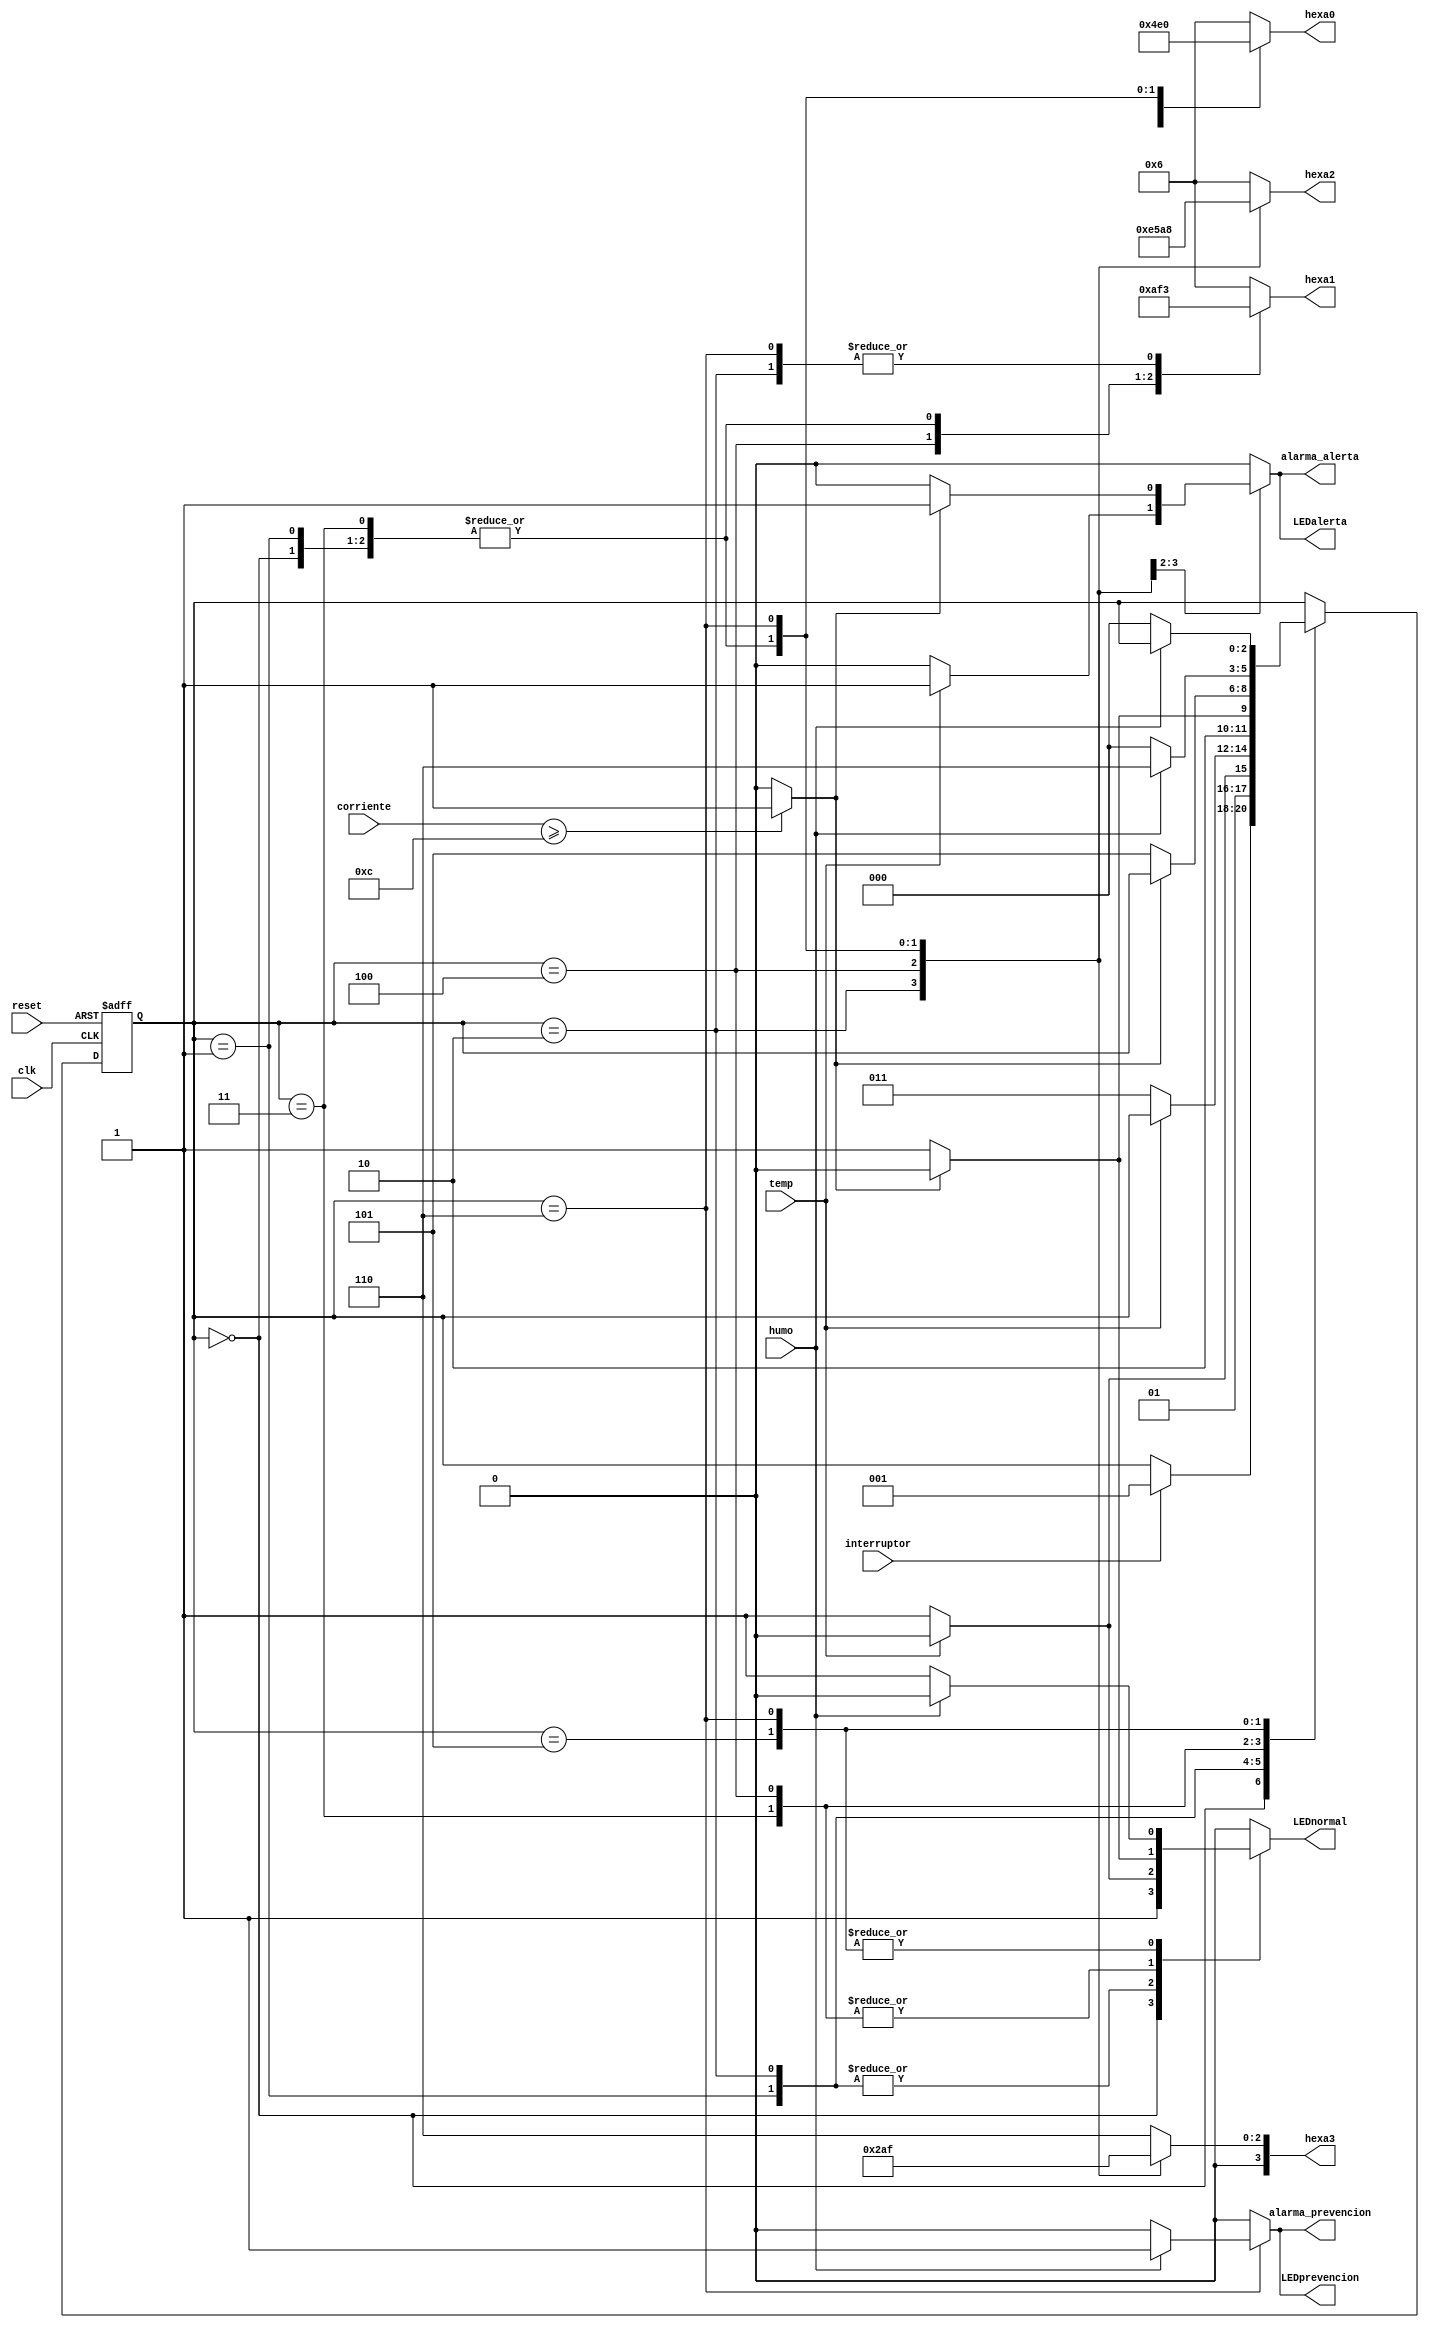
`timescale 1ns / 1ps
//////////////////////////////////////////////////////////////////////////////////
// Company: 
// Engineer: 
// 
// Design Name: 
// Module Name:    Maquina 
// Project Name: 
// Target Devices: 
// Tool versions: 
// Description: 
//
// Dependencies: 
//
// Revision: 
// Revision 0.01 - File Created
// Additional Comments: 
//
//////////////////////////////////////////////////////////////////////////////////
module maquinaestados
#(parameter N = 4)
(
	input wire clk, reset, //	Clock y reset
	input wire interruptor,temp,humo,// Banderas de entrada
	input wire [N-1:0] corriente,
	output reg LEDalerta,LEDprevencion,LEDnormal,alarma_alerta,alarma_prevencion,// Salidas, definidas como reg
	output reg [3:0] hexa3,hexa2,hexa1,hexa0 //numeros en hexa
);

//*********************************************************

localparam [2:0] // Codificacion de los estados o etiquetas 
	inicio = 3'b000,
	temp_normal = 3'b001,
	alerta_temp = 3'b010,
	corri_normal = 3'b011,
	alerta_corri = 3'b100,
	humo_normal = 3'b101,
	preven_humo = 3'b110;

reg [2:0] estado, estado_sig; // Reg, estado actual y siguiente 
reg corriente_25;



//*********************************************************

//Parte Secuencial

always@(posedge clk, posedge reset)
	if (reset)
		estado <= inicio;
	else
		estado <= estado_sig;


//*********************************************************

//Parte Combinacional
always@*
begin
   if (corriente >= 4'b1100)
      corriente_25 <= 1'b1;
   else
      corriente_25 <= 1'b0;
		
	estado_sig = estado;
	LEDalerta = 1'b0;
	LEDprevencion = 1'b0;
	LEDnormal = 1'b0;
	alarma_alerta = 1'b0;
	alarma_prevencion = 1'b0;
	hexa3 = 4'h5;
	hexa2 = 4'ha;
	hexa1 = 4'hf;
	hexa0 = 4'he;
	case(estado)

		inicio:
			begin
			LEDnormal = 1'b1;
			if(interruptor)
				estado_sig = temp_normal;
			else
				begin
				hexa3 = 4'h5;
				hexa2 = 4'ha;
				hexa1 = 4'hf;
				hexa0 = 4'he;
				end
			end
			
		temp_normal:
			if(temp)
				estado_sig = alerta_temp;
			else
				begin
					estado_sig = corri_normal; //REVISAR FORMATO
					LEDnormal = 1'b1;	
					hexa3 = 4'h5;
					hexa2 = 4'ha;
					hexa1 = 4'hf;
					hexa0 = 4'he;					//PARECE QUE CUANDO SE ACTIVA UNA 	
				end									//SEAL DE SALIDA SE PONE BEGIN Y END //es cuando se ponen mas de 2 instrucciones
				
		alerta_temp:
			begin
				LEDalerta = 1'b1;
				alarma_alerta = 1'b1;
				LEDnormal  = 1'b0;
				hexa3 = 4'h1;
				hexa2 = 4'he;
				hexa1 = 4'h3;
				hexa0 = 4'h4;
			if(!temp) //NO SE SI ESTE ES EL FORMATO CORRECTO//creo que es asi!
				begin
					estado_sig = corri_normal;
					LEDnormal = 1'b1; 
					LEDalerta = 1'b0;
					alarma_alerta = 1'b0;//NO SE QUE SIGNIFICA EXACTAMENTE EL 1'B1 Y EN QUE SE DIFERENCIA DE SOLO EL 1// es 1 bit de tipo binario con el valor de 1 creo que es el formato que se usa aqui
				end
			end
			
		corri_normal:
			if(corriente_25)
				estado_sig = alerta_corri;
			else
				begin
					hexa3 = 4'h5;
					hexa2 = 4'ha;
					hexa1 = 4'hf;
					hexa0 = 4'he;
					estado_sig = humo_normal;
					LEDnormal = 1'b1;
				end
		
		alerta_corri:
			begin
				LEDalerta = 1'b1;
				alarma_alerta = 1'b1;
				LEDnormal = 1'b0;
				hexa3 = 4'h2;
				hexa2 = 4'h5;
				hexa1 = 4'ha;
				hexa0 = 4'h6;
			if(!corriente_25)
				begin
					estado_sig = humo_normal;
					LEDnormal = 1'b1;
					LEDalerta = 1'b0;
					alarma_alerta = 1'b0;
				end
			end
			
		humo_normal:
			if (humo)
				estado_sig = preven_humo;
			else
				begin
					hexa3 = 4'h5;
					hexa2 = 4'ha;
					hexa1 = 4'hf;
					hexa0 = 4'he;
					estado_sig = inicio;
					LEDnormal = 1'b1;
				end
					
		preven_humo:
			begin
				LEDprevencion = 1'b1;
				alarma_prevencion = 1'b1;
				LEDnormal = 1'b0;
				hexa3 = 4'h7;
				hexa2 = 4'h8;
				hexa1 = 4'h3;
				hexa0 = 4'h0;
			if(!humo)
				begin
					estado_sig = inicio;
					LEDnormal = 1'b1;
					LEDprevencion = 1'b0;
					alarma_prevencion = 1'b0;
				end
			end
		default:
			begin
				hexa3 = 4'h6;
				hexa2 = 4'h6;
				hexa1 = 4'h6;
				hexa0 = 4'h6;
			end
	endcase
end
endmodule